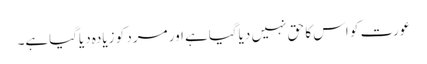
عورت کو اس کا حق نہیں دیاگیاہے اور مرد کو زیادہ دیاگیاہے۔